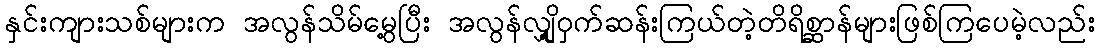
နှင်းကျားသစ်များက အလွန်သိမ်မွေ့ပြီး အလွန်လျှို့ဝှက်ဆန်းကြယ်တဲ့တိရိစ္ဆာန်များဖြစ်ကြပေမဲ့လည်း